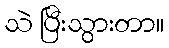
သဲ ပြီးသွားတာ။